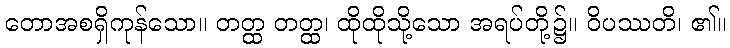
တောအစရှိကုန်သော။ တတ္ထ တတ္ထ၊ ထိုထိုသို့သော အရပ်တို့၌။ ဝိပဿတိ၊ ၏။